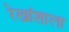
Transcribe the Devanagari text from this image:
रेखांशाला